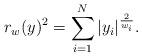
LaTeX: \begin{align*}r_w(y)^2=\sum_{i=1}^N |y_i|^{\frac{2}{w_i}}.\end{align*}